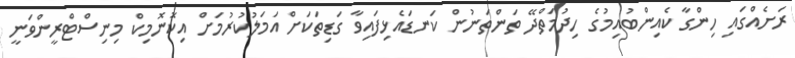
ރަށެއްގައި ހިންގާ ކެއިންބުއިމުގެ ހިދުމަތްދޭ ތަންތަނުން ކަނޑައެޅިފައިވާ ގަޑިތަކަށް އަމަލުކުރުމަށް އިކޮނޮމިކް މިނިސްޓްރީންވަނީ